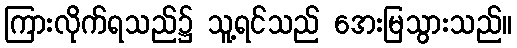
ကြားလိုက်ရသည်၌ သူ့ရင်သည် အေးမြသွားသည်။